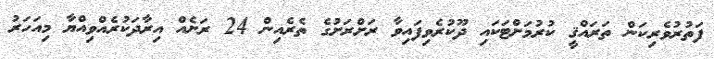
ފަތުރުވެރިކަން ތަރައްޤީ ކުރުމަށްޓަކައި ދޫކުރެވިފައިވާ ރަށްރަށުގެ ތެރެއިން 24 ރަށެއް އިރާދަކުރެއްވިއްޔާ މިއަހަރު